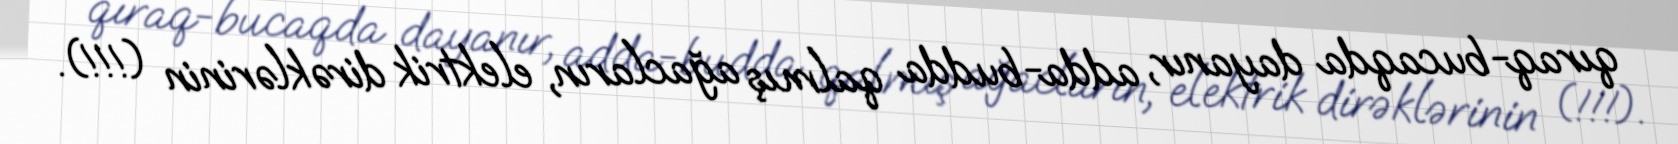
qıraq-bucaqda dayanır, adda-budda qalmış ağacların, elektrik dirəklərinin (!!!).